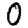
Digit: 0